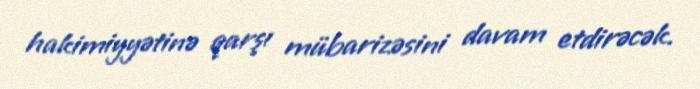
hakimiyyətinə qarşı mübarizəsini davam etdirəcək.